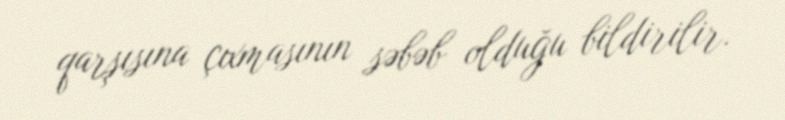
qarşısına çıxmasının səbəb olduğu bildirilir.